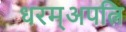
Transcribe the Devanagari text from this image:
धरम्अपत्नि